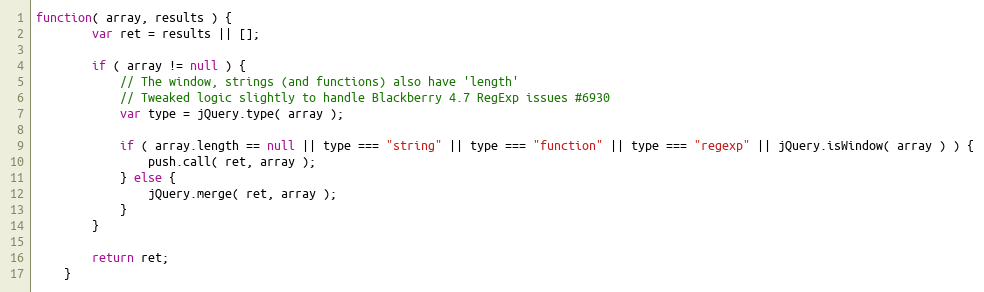
Language: JavaScript
function( array, results ) {
		var ret = results || [];

		if ( array != null ) {
			// The window, strings (and functions) also have 'length'
			// Tweaked logic slightly to handle Blackberry 4.7 RegExp issues #6930
			var type = jQuery.type( array );

			if ( array.length == null || type === "string" || type === "function" || type === "regexp" || jQuery.isWindow( array ) ) {
				push.call( ret, array );
			} else {
				jQuery.merge( ret, array );
			}
		}

		return ret;
	}